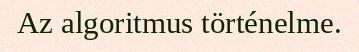
Az algoritmus történelme.